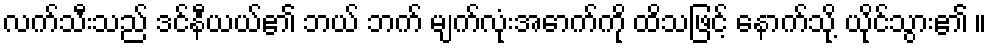
လက်သီးသည် ဒင်နီယယ်၏ ဘယ် ဘက် မျက်လုံးအောက်ကို ထိသဖြင့် နောက်သို့ ယိုင်သွား၏ ။